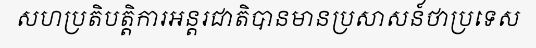
សហប្រតិបត្តិការអន្តរជាតិបានមានប្រសាសន៍ថាប្រទេស